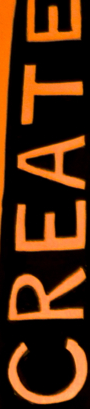
CREATE